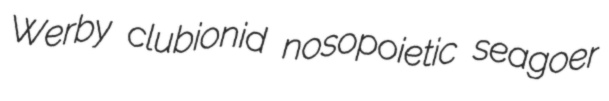
Werby clubionid nosopoietic seagoer